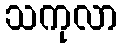
သကုလာ